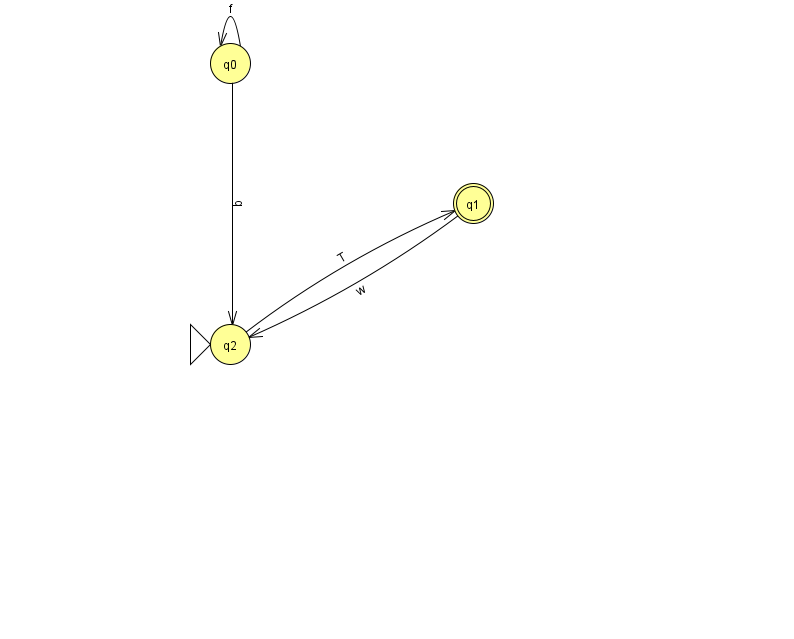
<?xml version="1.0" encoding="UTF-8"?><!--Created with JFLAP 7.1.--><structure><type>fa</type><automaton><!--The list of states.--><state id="0" name="q0"><x>230.0</x><y>50.0</y></state><state id="1" name="q1"><x>473.0</x><y>190.0</y><final/></state><state id="2" name="q2"><x>230.0</x><y>331.0</y><initial/></state><!--The list of transitions.--><transition><from>0</from><to>0</to><read>f</read></transition><transition><from>0</from><to>2</to><read>q</read></transition><transition><from>2</from><to>1</to><read>T</read></transition><transition><from>1</from><to>2</to><read>w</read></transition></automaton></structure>